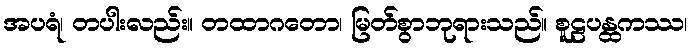
အပရံ၊ တပါးလည်း။ တထာဂတော၊ မြတ်စွာဘုရားသည်။ စူဠပန္ထကဿ၊